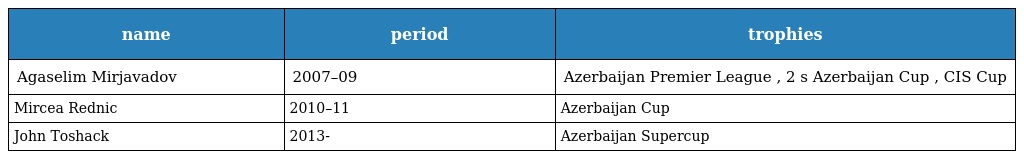
| name | period | trophies |
 | --- | --- | --- |
 | Agaselim Mirjavadov | 2007–09 | Azerbaijan Premier League , 2 s Azerbaijan Cup , CIS Cup |
 | Mircea Rednic | 2010–11 | Azerbaijan Cup |
 | John Toshack | 2013- | Azerbaijan Supercup |